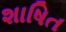
શાષિત